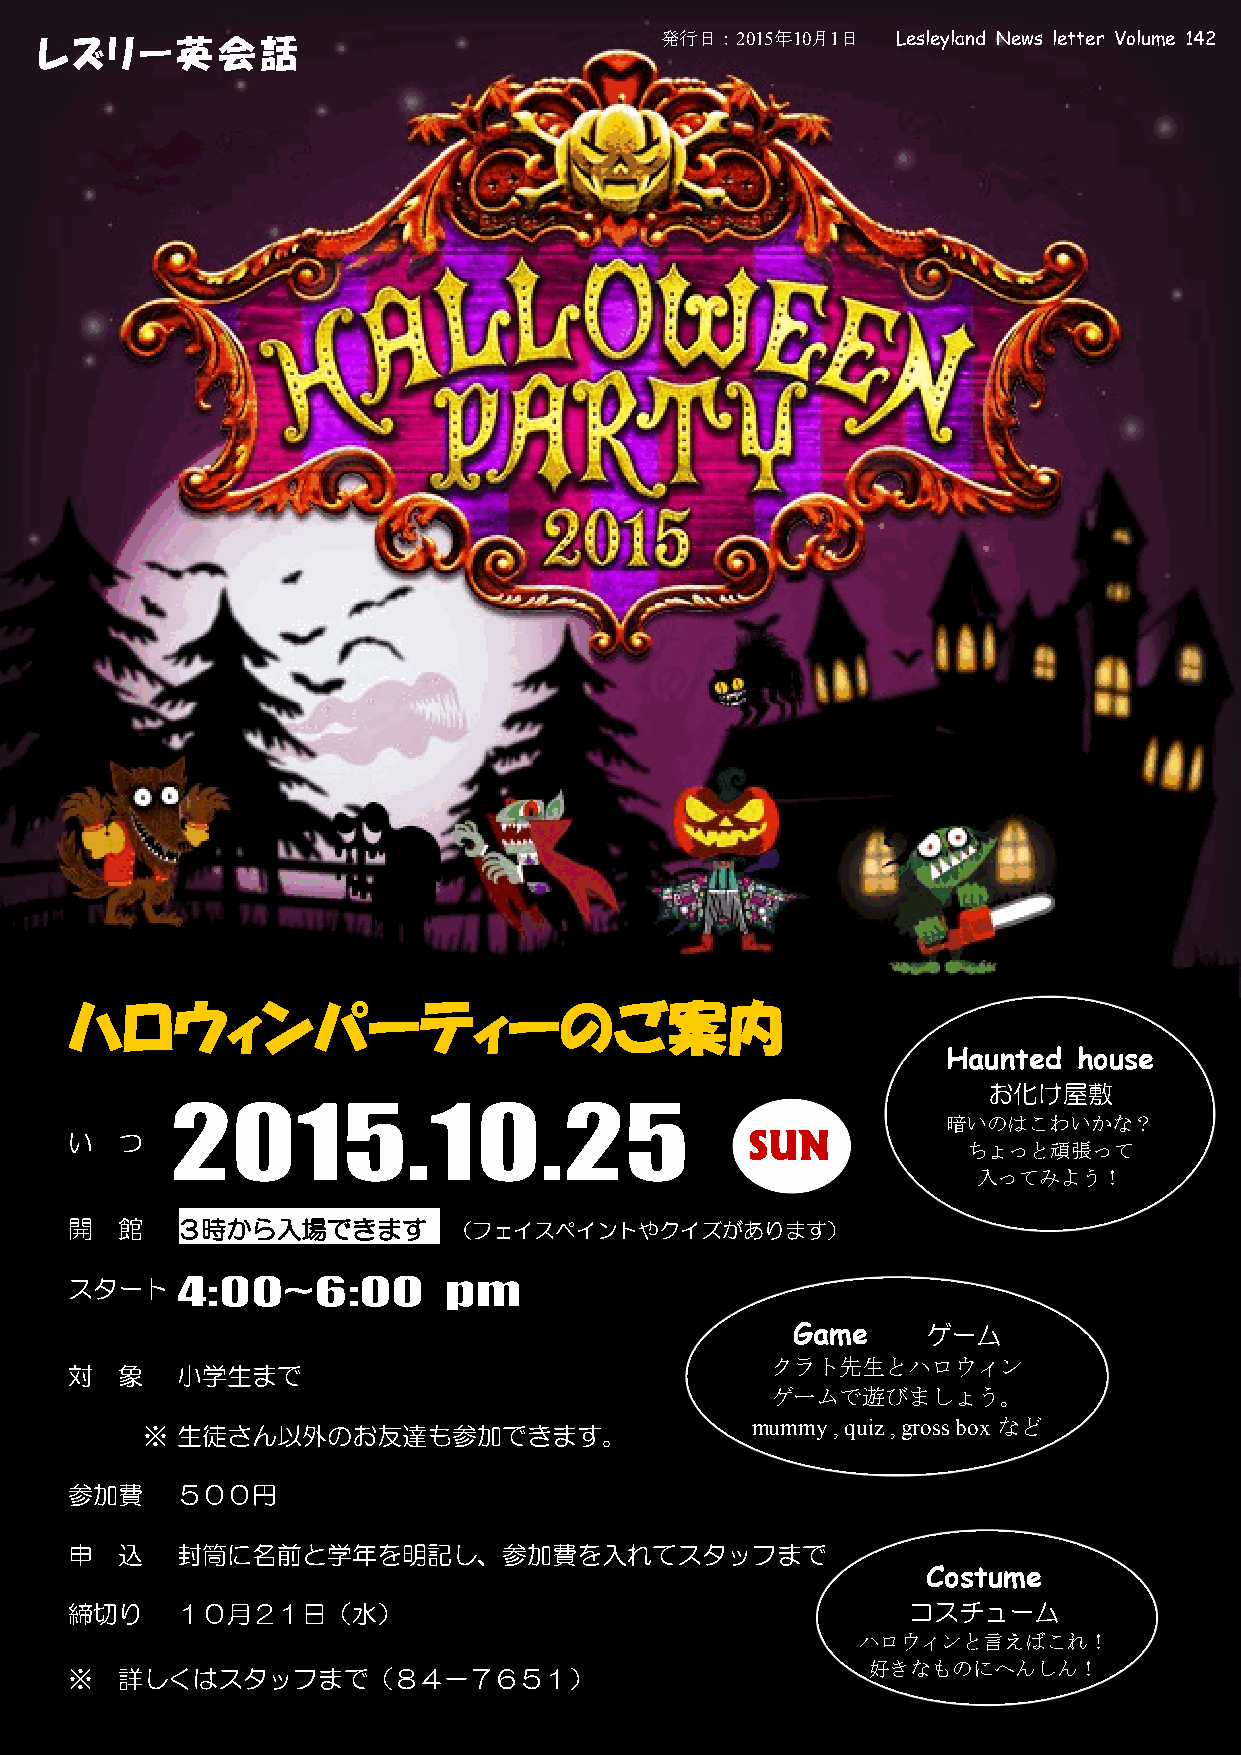
レズリー英会話                                  発行日：2015年10月1日 Lesleyland News letter Volume 142
 ハロウィンパーティーのご案内
 Haunted house
 お化け屋敷
 暗いのはこわいかな？
 い  つ                                         SUN
 ちょっと頑張って
 入ってみよう！
 開  館   ３時から入場できます        （フェイスペイントやクイズがあります）
 スタート
 Game     ゲーム
 クラト先生とハロウィン
 対  象   小学生まで
 ゲームで遊びましょう。
 mummy , quiz , gross box など
 ※  生徒さん以外のお友達も参加できます。
 参加費    ５００円
 申  込   封筒に名前と学年を明記し、参加費を入れてスタッフまで
 Costume
 締切り    １０月２１日（水）                                       コスチューム
 ハロウィンと言えばこれ！
 好きなものにへんしん！
 ※  詳しくはスタッフまで（８４－７６５１）